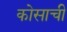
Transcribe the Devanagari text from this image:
कोसाची